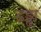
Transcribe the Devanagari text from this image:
ढड्ढा